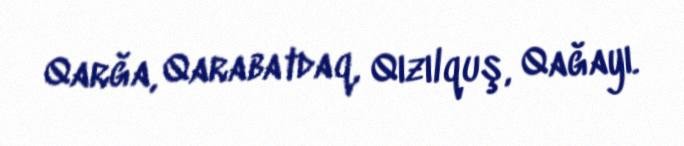
Qarğa, Qarabatdaq, Qızılquş, Qağayı.